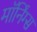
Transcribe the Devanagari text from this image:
मॉर्निंग्स